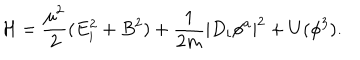
LaTeX: { \cal H } = \frac { \mu ^ { 2 } } { 2 } ( E _ { i } ^ { 2 } + B ^ { 2 } ) + \frac { 1 } { 2 m } | D _ { i } \phi ^ { a } | ^ { 2 } + U ( \phi ^ { 3 } ) .